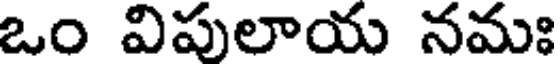
ఒం విపులాయ నమః